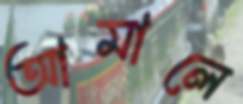
আমালে